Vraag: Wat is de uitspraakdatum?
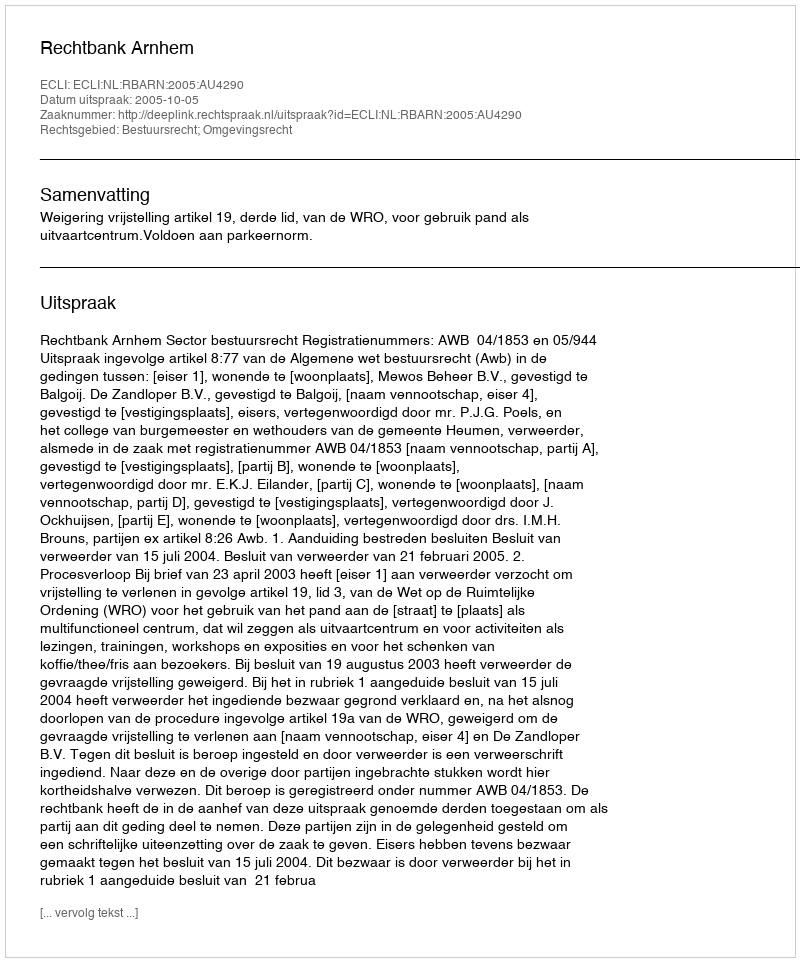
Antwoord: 2005-10-05